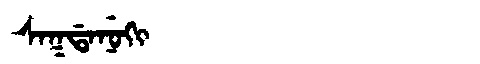
Manchu: ᠰᠠᡴᡩᠠᠨᡠᡴᡳ
Romanization: SAKDANUKI